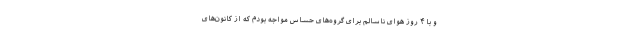
و با ۴ روز هوای ناسالم برای گروه‌های حساس مواجه بودم که از کانون‌های